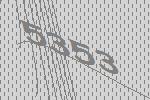
5353